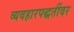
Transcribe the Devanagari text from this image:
व्यवहारपद्धतींवर